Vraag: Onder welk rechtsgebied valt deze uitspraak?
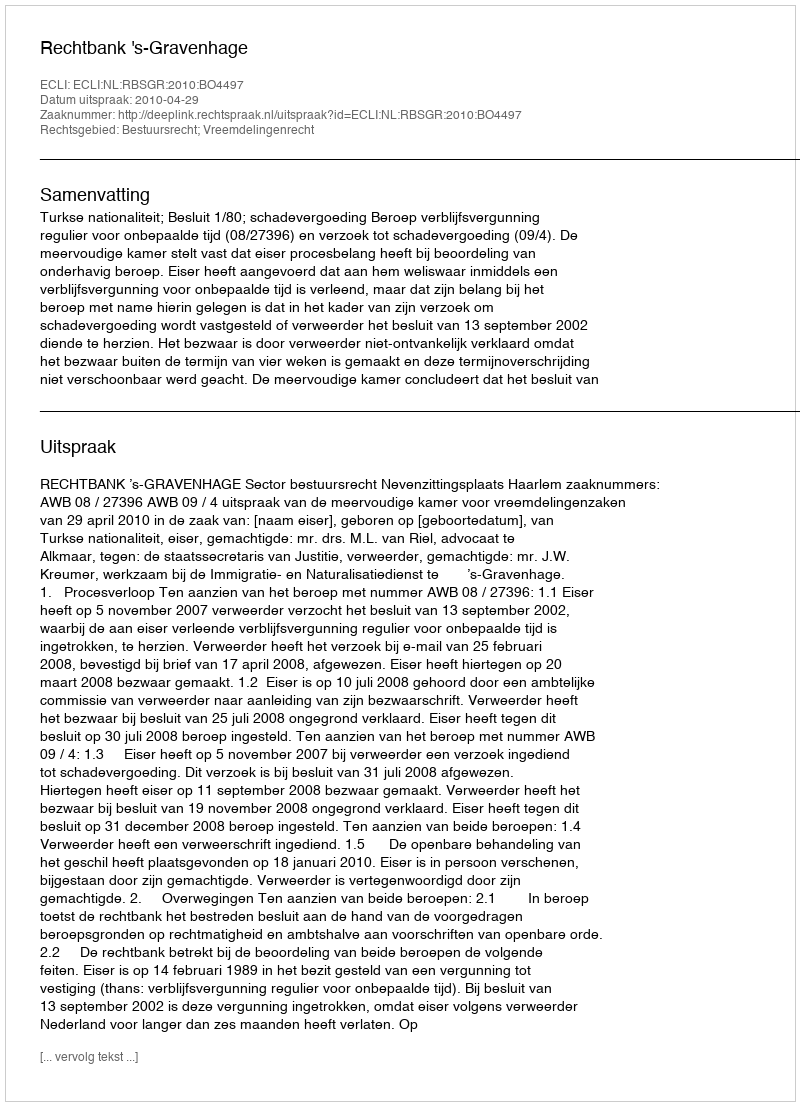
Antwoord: Bestuursrecht; Vreemdelingenrecht